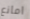
امانع